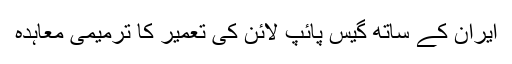
ایران کے ساتھ گیس پائپ لائن کی تعمیر کا ترمیمی معاہدہ